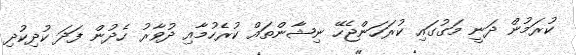
ކުރަމުން ދަނީ މަގުގައި ކުރަހަންޖެހޭ ނިޝާންތައް ކުރެހުމާއި ދުވާރު ހެދުން ފަދަ ކުދިކުދި